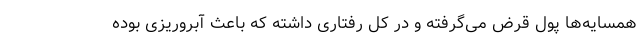
همسایه‌ها پول قرض می‌گرفته و در کل رفتاری داشته که باعث آبروریزی بوده